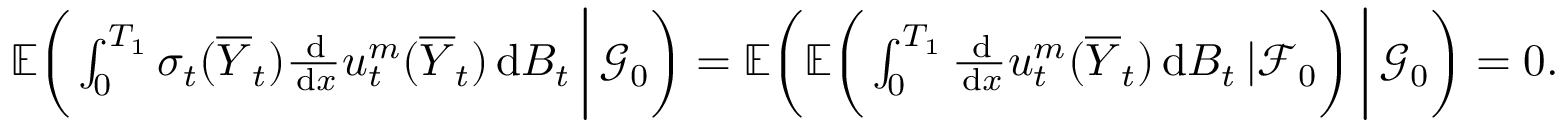
\begin{array} { r } { \mathbb { E } \bigg ( \int _ { 0 } ^ { T _ { 1 } } \sigma _ { t } ( \overline { { Y } } _ { t } ) \frac { \, \mathrm { d } } { \, \mathrm { d } x } u _ { t } ^ { m } ( \overline { { Y } } _ { t } ) \, \mathrm { d } B _ { t } \, \bigg | \, \mathcal { G } _ { 0 } \bigg ) = \mathbb { E } \bigg ( \mathbb { E } \bigg ( \int _ { 0 } ^ { T _ { 1 } } \frac { \, \mathrm { d } } { \, \mathrm { d } x } u _ { t } ^ { m } ( \overline { { Y } } _ { t } ) \, \mathrm { d } B _ { t } \, | \mathcal { F } _ { 0 } \bigg ) \, \bigg | \, \mathcal { G } _ { 0 } \bigg ) = 0 . } \end{array}